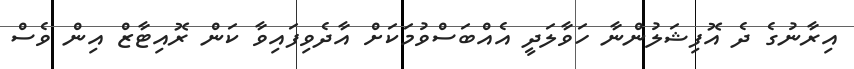
އިރާނުގެ ދެ އޮފިޝަލުންނާ ހަވާލަދީ އެއްބަސްވުމަކަށް އާދެވިފައިވާ ކަން ރޮއިޓާޒް އިން ވެސް